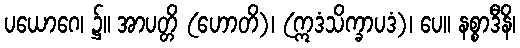
ပယောဂေ၊ ၌။ အာပတ္တိ (ဟောတိ)၊ (ဣဒံသိက္ခာပဒံ)၊ ပေ။ နစ္စာဒီနိ၊